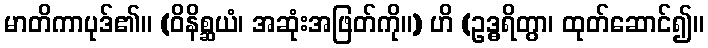
မာတိကာပုဒ်၏။ (ဝိနိစ္ဆယံ၊ အဆုံးအဖြတ်ကို။) ဟိ (ဥဒ္ဓရိတွာ၊ ထုတ်ဆောင်၍။